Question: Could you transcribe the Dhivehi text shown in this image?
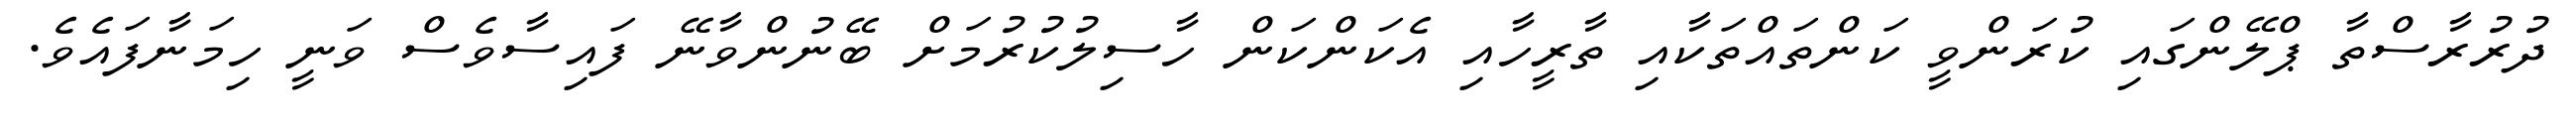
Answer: ދުރުރާސްތާ ޕްލޭންގައި ކުރަންވީ ކަންތައްތަކާއި ތާރީހާއި އެކަންކަން ހާސިލުކުރުމަށް ބޭނުންވާނޭ ފައިސާވެސް ވަނީ ހިމަނާފައެވެ.